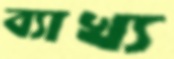
ব্যাখ্য